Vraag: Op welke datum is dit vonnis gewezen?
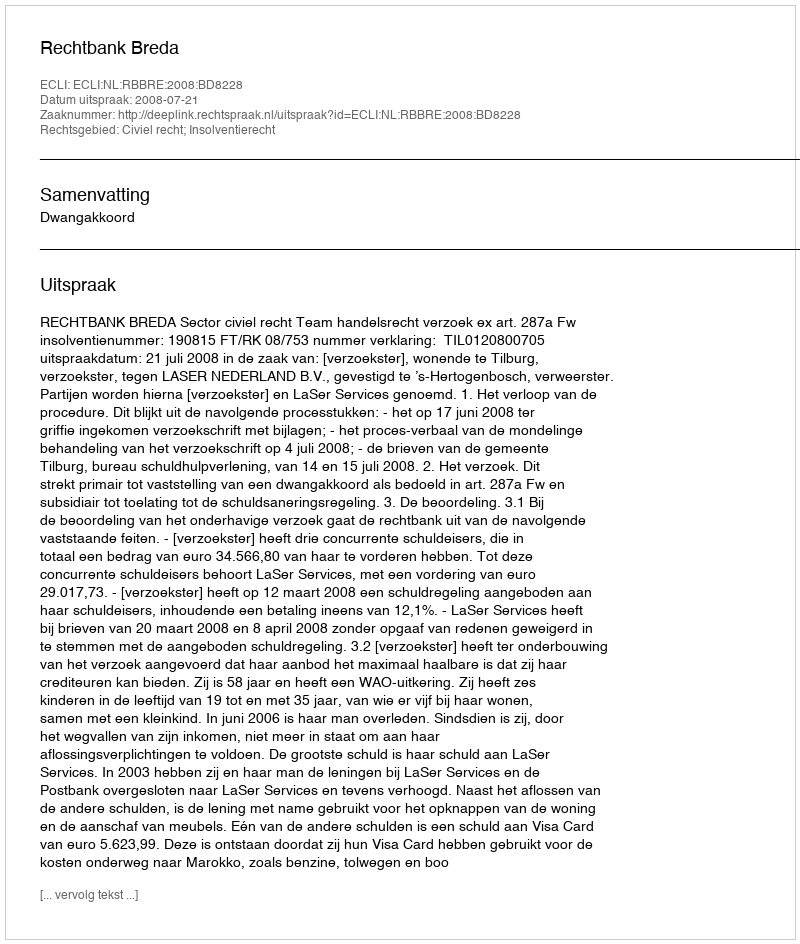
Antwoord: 2008-07-21